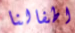
اطفالنا